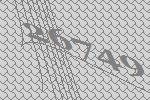
26749